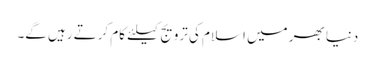
دنیا بھر میں اسلام کی ترویج کیلئے کام کرتے رہیں گے۔